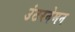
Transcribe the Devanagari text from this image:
उंटरनेमन